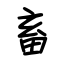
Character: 畜